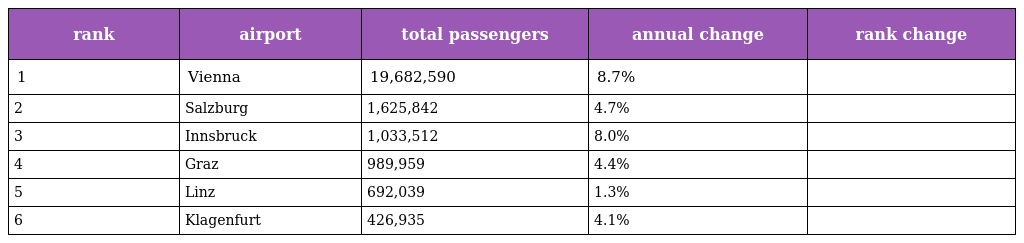
| rank | airport | total passengers | annual change | rank change |
 | --- | --- | --- | --- | --- |
 | 1 | Vienna | 19,682,590 | 8.7% |  |
 | 2 | Salzburg | 1,625,842 | 4.7% |  |
 | 3 | Innsbruck | 1,033,512 | 8.0% |  |
 | 4 | Graz | 989,959 | 4.4% |  |
 | 5 | Linz | 692,039 | 1.3% |  |
 | 6 | Klagenfurt | 426,935 | 4.1% |  |